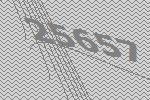
25657